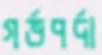
গর্ভপর্দা